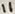
Text: 11